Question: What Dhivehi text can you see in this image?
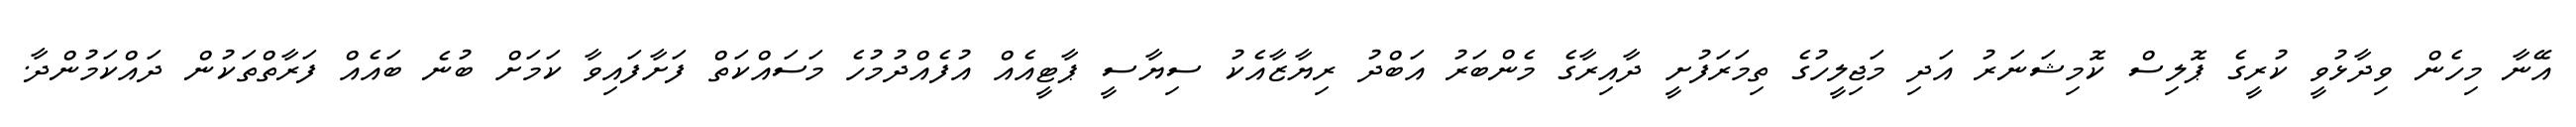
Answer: އޭނާ މިހެން ވިދާޅުވީ ކުރީގެ ޕޮލިސް ކޮމިޝަނަރު އަދި މަޖިލީހުގެ ތިމަރަފުށީ ދާއިރާގެ މެންބަރު އަބްދު ރިޔާޒާއެކު ސިޔާސީ ޕާޓީއެއް އުފެއްދުމުހެ މަސައްކަތް ފަށާފައިވާ ކަމަށް ބުނެ ބައެއް ފަރާތްތަކުން ދައްކަމުންދާ.